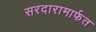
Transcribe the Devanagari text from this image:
सरदारामार्फत